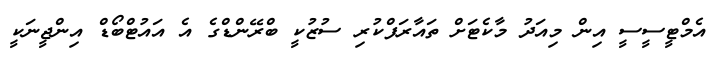
އެމްޓީސީސީ އިން މިއަދު މާކެޓަށް ތައާރަފްކުރި ސުޒުކީ ބްރޭންޑްގެ އެ އައުޓްބޯޑް އިންޖީނަކީ